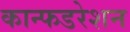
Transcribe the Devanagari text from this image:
कान्फडरेशन